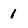
Character: 1